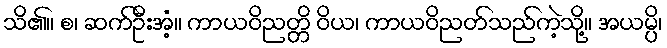
သိ၏။ စ၊ ဆက်ဦးအံ့။ ကာယဝိညတ္တိ ဝိယ၊ ကာယဝိညတ်သည်ကဲ့သို့။ အယမ္ပိ၊